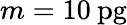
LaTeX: m=10\: \mathrm{pg}